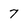
Character: 7